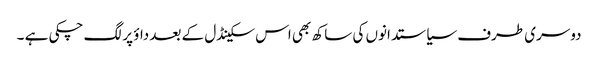
دوسری طرف سیاستدانوں کی ساکھ بھی اس سکینڈل کے بعد داؤ پر لگ چکی ہے ۔